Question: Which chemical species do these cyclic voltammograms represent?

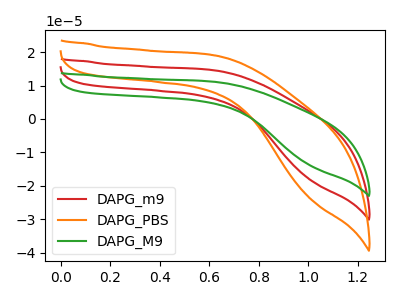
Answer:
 <answer>The red curve is labeled "DAPG_m9". The orange curve is labeled "DAPG_PBS". The green curve is labeled "DAPG_M9".</answer>
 <eval></eval>